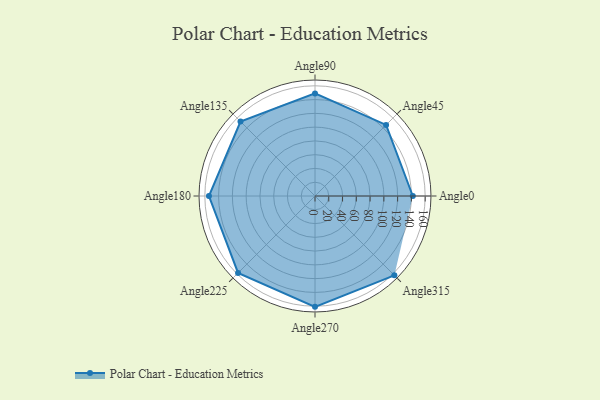
{"axis": {"x": "Angle", "y": "Radius"}, "legend": [""], "data": [{"x": "Angle0", "y": 142.0, "type": ""}, {"x": "Angle45", "y": 146.0, "type": ""}, {"x": "Angle90", "y": 149.0, "type": ""}, {"x": "Angle135", "y": 153.0, "type": ""}, {"x": "Angle180", "y": 154.0, "type": ""}, {"x": "Angle225", "y": 158.0, "type": ""}, {"x": "Angle270", "y": 161.0, "type": ""}, {"x": "Angle315", "y": 163.0, "type": ""}]}